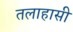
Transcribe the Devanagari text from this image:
तलाहासी